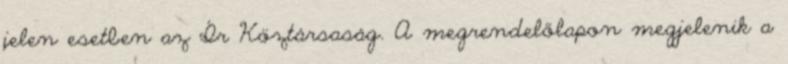
jelen esetben az Ír Köztársaság. A megrendelőlapon megjelenik a